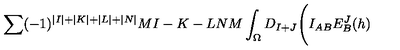
\sum ( - 1 ) ^ { \vert I \vert + \vert K \vert + \vert L \vert + \vert N \vert } { \binom { M } { I - K - L } } { \binom { N } { M } } \int _ { \Omega } D _ { I + J } \Biggl ( I _ { A B } E _ { B } ^ { J } ( h )